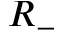
R _ { - }